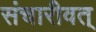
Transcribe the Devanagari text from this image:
संचारीवत्